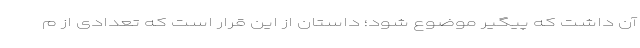
آن داشت که پیگیر موضوع شود؛ داستان از این قرار است که تعدادی از م